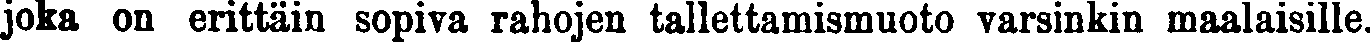
joka on erittäin sopiva rahojen tallettamismuoto varsinkin maalaisille.